画像に写った文字を読んでください
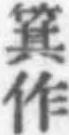
「箕作」と書いてあります